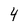
Character: 4